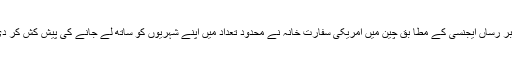
خبر رساں ایجنسی کے مطا بق چین میں امریکی سفارت خانہ نے محدود تعداد میں اپنے شہریوں کو ساتھ لے جانے کی پیش کش کر دی۔